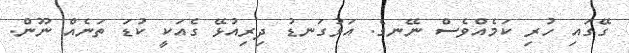
ގޭގައި ހުރި ކަމެއްވެސް ނޭނގެ. އަޅުގަނޑު ދިރިއުޅޭ ގެއަކީ ކުޑަ ތަނެއް ނޫން.